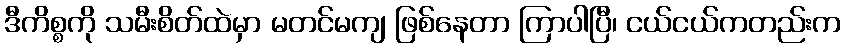
ဒီကိစ္စကို သမီးစိတ်ထဲမှာ မတင်မကျ ဖြစ်နေတာ ကြာပါပြီ၊ ငယ်ငယ်ကတည်းက